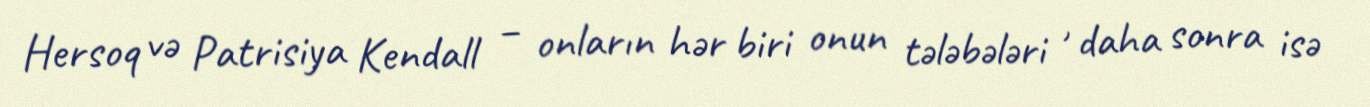
Hersoq və Patrisiya Kendall – onların hər biri onun tələbələri , daha sonra isə